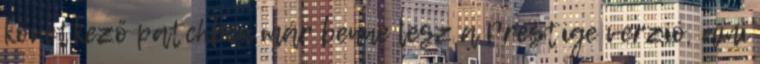
következő patchben már benne lesz a Prestige verzió, ami